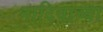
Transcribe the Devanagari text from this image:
नादियाच्या